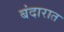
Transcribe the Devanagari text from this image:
बंदारात